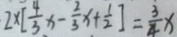
2 \times [ \frac { 4 } { 3 } x - \frac { 2 } { 3 } x + \frac { 1 } { 2 } ] = \frac { 3 } { 4 } x